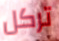
تركل